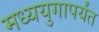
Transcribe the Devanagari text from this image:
मध्ययुगापर्यंत